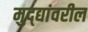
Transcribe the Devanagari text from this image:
मुद्द्यांवरील